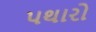
પથારો